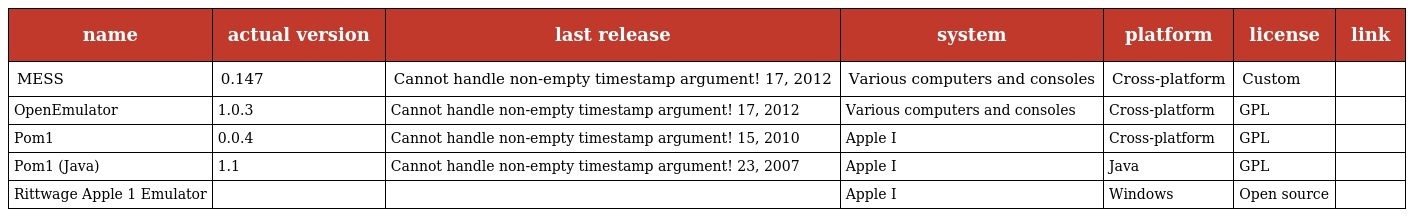
| name | actual version | last release | system | platform | license | link |
 | --- | --- | --- | --- | --- | --- | --- |
 | MESS | 0.147 | Cannot handle non-empty timestamp argument! 17, 2012 | Various computers and consoles | Cross-platform | Custom |  |
 | OpenEmulator | 1.0.3 | Cannot handle non-empty timestamp argument! 17, 2012 | Various computers and consoles | Cross-platform | GPL |  |
 | Pom1 | 0.0.4 | Cannot handle non-empty timestamp argument! 15, 2010 | Apple I | Cross-platform | GPL |  |
 | Pom1 (Java) | 1.1 | Cannot handle non-empty timestamp argument! 23, 2007 | Apple I | Java | GPL |  |
 | Rittwage Apple 1 Emulator |  |  | Apple I | Windows | Open source |  |